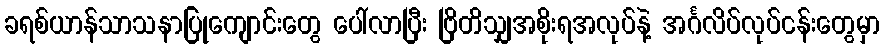
ခရစ်ယာန်သာသနာပြုကျောင်းတွေ ပေါ်လာပြီး ဗြိတိသျှအစိုးရအလုပ်နဲ့ အင်္ဂလိပ်လုပ်ငန်းတွေမှာ